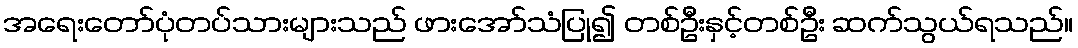
အရေးတော်ပုံတပ်သားများသည် ဖားအော်သံပြု၍ တစ်ဦးနှင့်တစ်ဦး ဆက်သွယ်ရသည်။